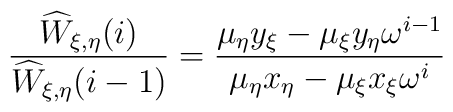
\frac{\widehat{W}_{\xi,\eta}(i)}{\widehat{W}_{\xi,\eta}(i-1)} =\frac{\mu_{\eta} y_{\xi} - \mu_{\xi} y_{\eta} \omega^{i-1}}{\mu_{\eta} x_{\eta} - \mu_{\xi} x_{\xi} \omega^i} \nonumber